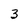
Character: 3